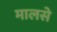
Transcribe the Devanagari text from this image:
मालसे